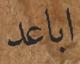
اباعد